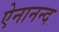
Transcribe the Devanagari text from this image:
ऐनानन्द